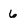
Character: 6